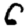
Digit: 6